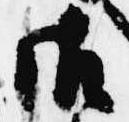
御